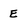
Character: E